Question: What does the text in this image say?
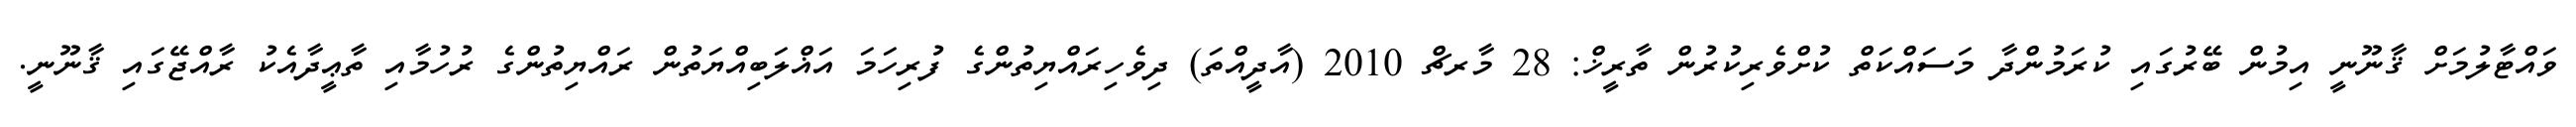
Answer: ވައްޓާލުމަށް ޤާނޫނީ އިމުން ބޭރުގައި ކުރަމުންދާ މަސައްކަތް ކުށްވެރިކުރުން ތާރީޚް: 28 މާރޗް 2010 (އާދީއްތަ) ދިވެހިރައްޔިތުންގެ ފުރިހަމަ އަޣްލަބިއްޔަތުން ރައްޔިތުންގެ ރުހުމާއި ތާޢީދާއެކު ރާއްޖޭގައި ޤާނޫނީ.